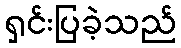
ရှင်းပြခဲ့သည်